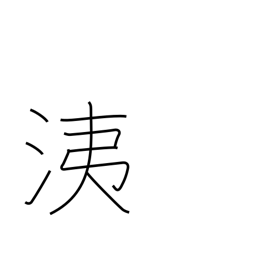
Meaning: nasal discharge